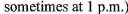
sometimes at 1 p.M.)